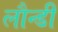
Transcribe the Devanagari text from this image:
लौन्डी